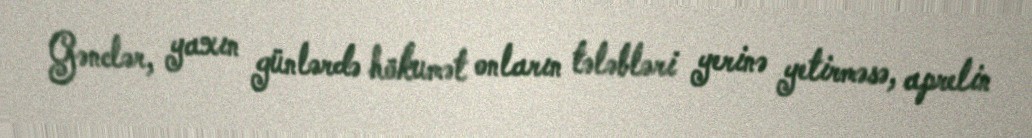
Gənclər, yaxın günlərdə hökumət onların tələbləri yerinə yetirməsə, aprelin